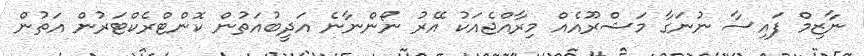
ނާޒިމް ފައިސާ ނުނަގާ މަޝްރޫއެއް މިރާއްޖެއަކު އޭރު ނޯންނާނެ އަދީބުއަތުން ކޮންޓްރެކްޓަރުން އަތުން